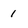
Character: 1